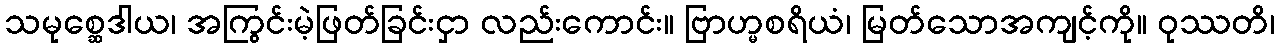
သမုစ္ဆေဒါယ၊ အကြွင်းမဲ့ဖြတ်ခြင်းငှာ လည်းကောင်း။ ဗြာဟ္မစရိယံ၊ မြတ်သောအကျင့်ကို။ ဝုဿတိ၊